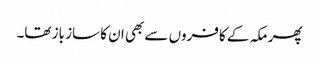
پھر مکہ کے کافروں سے بھی ان کا ساز باز تھا۔